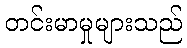
တင်းမာမှုများသည်